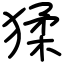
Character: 猱